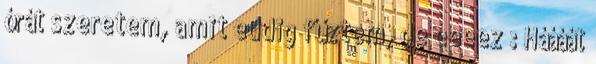
órát szeretem, amit eddig fűztem, de eeeez : Háááát